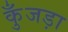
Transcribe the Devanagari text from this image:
कुँजड़ा